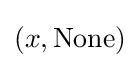
(x,{\rm {None}})